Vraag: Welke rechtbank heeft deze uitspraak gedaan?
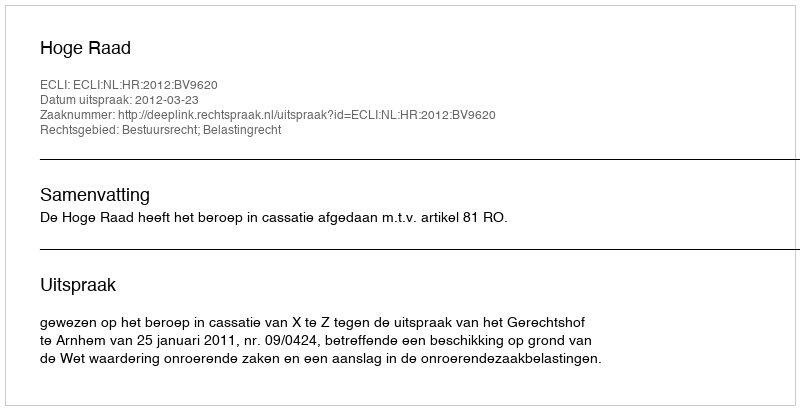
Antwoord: Hoge Raad